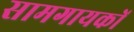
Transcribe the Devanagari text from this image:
सामगायकों